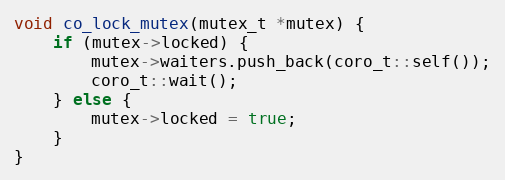
Language: C++
void co_lock_mutex(mutex_t *mutex) {
    if (mutex->locked) {
        mutex->waiters.push_back(coro_t::self());
        coro_t::wait();
    } else {
        mutex->locked = true;
    }
}